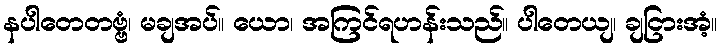
နပါတေတဗ္ဗံ၊ မချအပ်။ ယော၊ အကြင်ရဟန်းသည်။ ပါတေယျ၊ ချငြားအံ့။